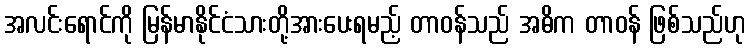
အလင်းရောင်ကို မြန်မာနိုင်ငံသားတို့အားပေးရမည့် တာဝန်သည် အဓိက တာဝန် ဖြစ်သည်ဟု